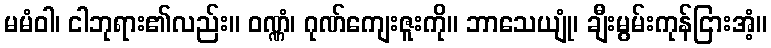
မမံဝါ၊ ငါဘုရား၏လည်း။ ဝဏ္ဏံ၊ ဂုဏ်ကျေးဇူးကို။ ဘာသေယျုံ၊ ချီးမွမ်းကုန်ငြားအံ့။